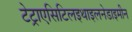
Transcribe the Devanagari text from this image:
टेट्राएसिटिलइथाइलनेडाइमीन